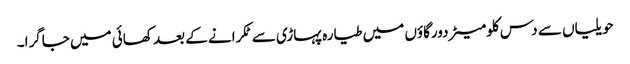
حویلیاں سے دس کلومیٹردورگاؤں میں طیارہ پہاڑی سے ٹکرانے کے بعد کھائی میں جاگرا۔